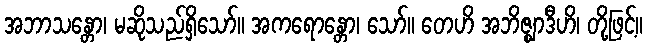
အဘာသန္တော၊ မဆိုသည်ရှိသော်။ အကရောန္တော၊ သော်။ တေဟိ အဘိဇ္ဈာဒီဟိ၊ တို့ဖြင့်။